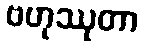
ဗဟုဿုတာ